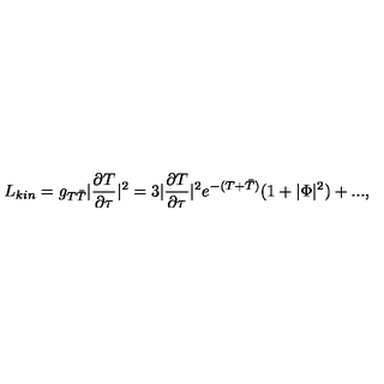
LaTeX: L _ { k i n } = g _ { T \bar { T } } | \frac { \partial T } { \partial \tau } | ^ { 2 } = 3 | \frac { \partial T } { \partial \tau } | ^ { 2 } e ^ { - ( T + \bar { T } ) } ( 1 + | \Phi | ^ { 2 } ) + . . . ,